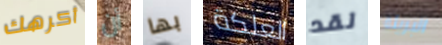
أكرهك أن بها العلكة لقد البريئة